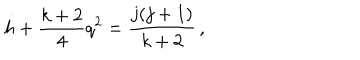
h + \frac { k + 2 } { 4 } q ^ { 2 } = \frac { j ( j + 1 ) } { k + 2 } \, ,